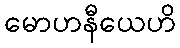
မောဟနီယေဟိ